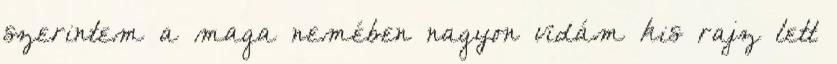
szerintem a maga nemében nagyon vidám kis rajz lett